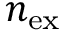
n _ { \mathrm { e x } }